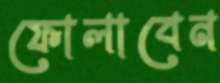
ফোলাবেন